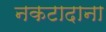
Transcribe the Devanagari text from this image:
नकटादाना